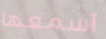
أسمعها